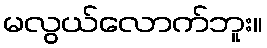
မလွယ်လောက်ဘူး။